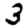
Digit: 3